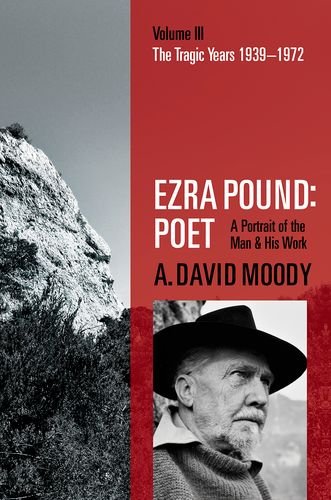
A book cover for Ezra Pound: Poet: Volume III: The Tragic Years 1939-1972; A. David Moody; Literature & Fiction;